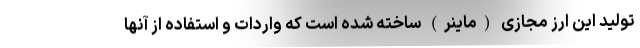
تولید این ارز مجازی (ماینر) ساخته شده است که واردات و استفاده از آنها